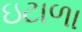
ઇટાળા